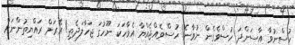
ހުސްނުވާ އާސަންދަަ ހުސްވެގެން ނުވާނެ! ހުސްވެއްޖެއްޔާ އެވާހަކަ ނޫހުގަ ޖަހާލަދެތި! އޭރަށް ރައްޔިތުންނަށް